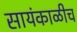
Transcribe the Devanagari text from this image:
सायंकाळीच